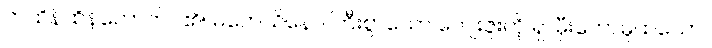
တထိန်ထိန်တောက်ပ၏။ မဟေသိနော၊ ကြီးစွာသော ကျေးဇူးကို ရှာမှီးတော်မူထသော။